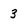
Character: 3